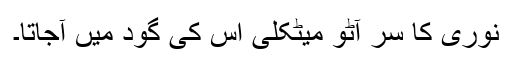
نوری کا سر آٹو میٹکلی اس کی گود میں آجاتا۔